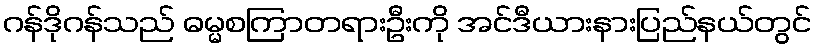
ဂန်ဒိုဂန်သည် ဓမ္မစကြာတရားဦးကို အင်ဒီယားနားပြည်နယ်တွင်